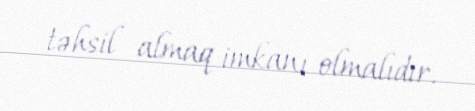
təhsil almaq imkanı olmalıdır.